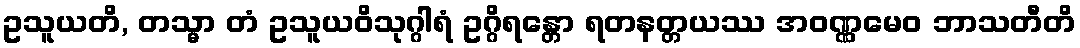
ဥသူယတိ, တသ္မာ တံ ဥသူယဝိသုဂ္ဂါရံ ဥဂ္ဂိရန္တော ရတနတ္တယဿ အဝဏ္ဏမေဝ ဘာသတီတိ